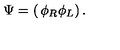
\Psi = \left( \begin{matrix} { \phi _ { R } } \\ { \phi _ { L } } \\ \end{matrix} \right) .